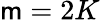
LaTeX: \mathsf{m}=2K